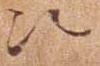
次